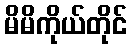
မိမိကိုယ်တိုင်